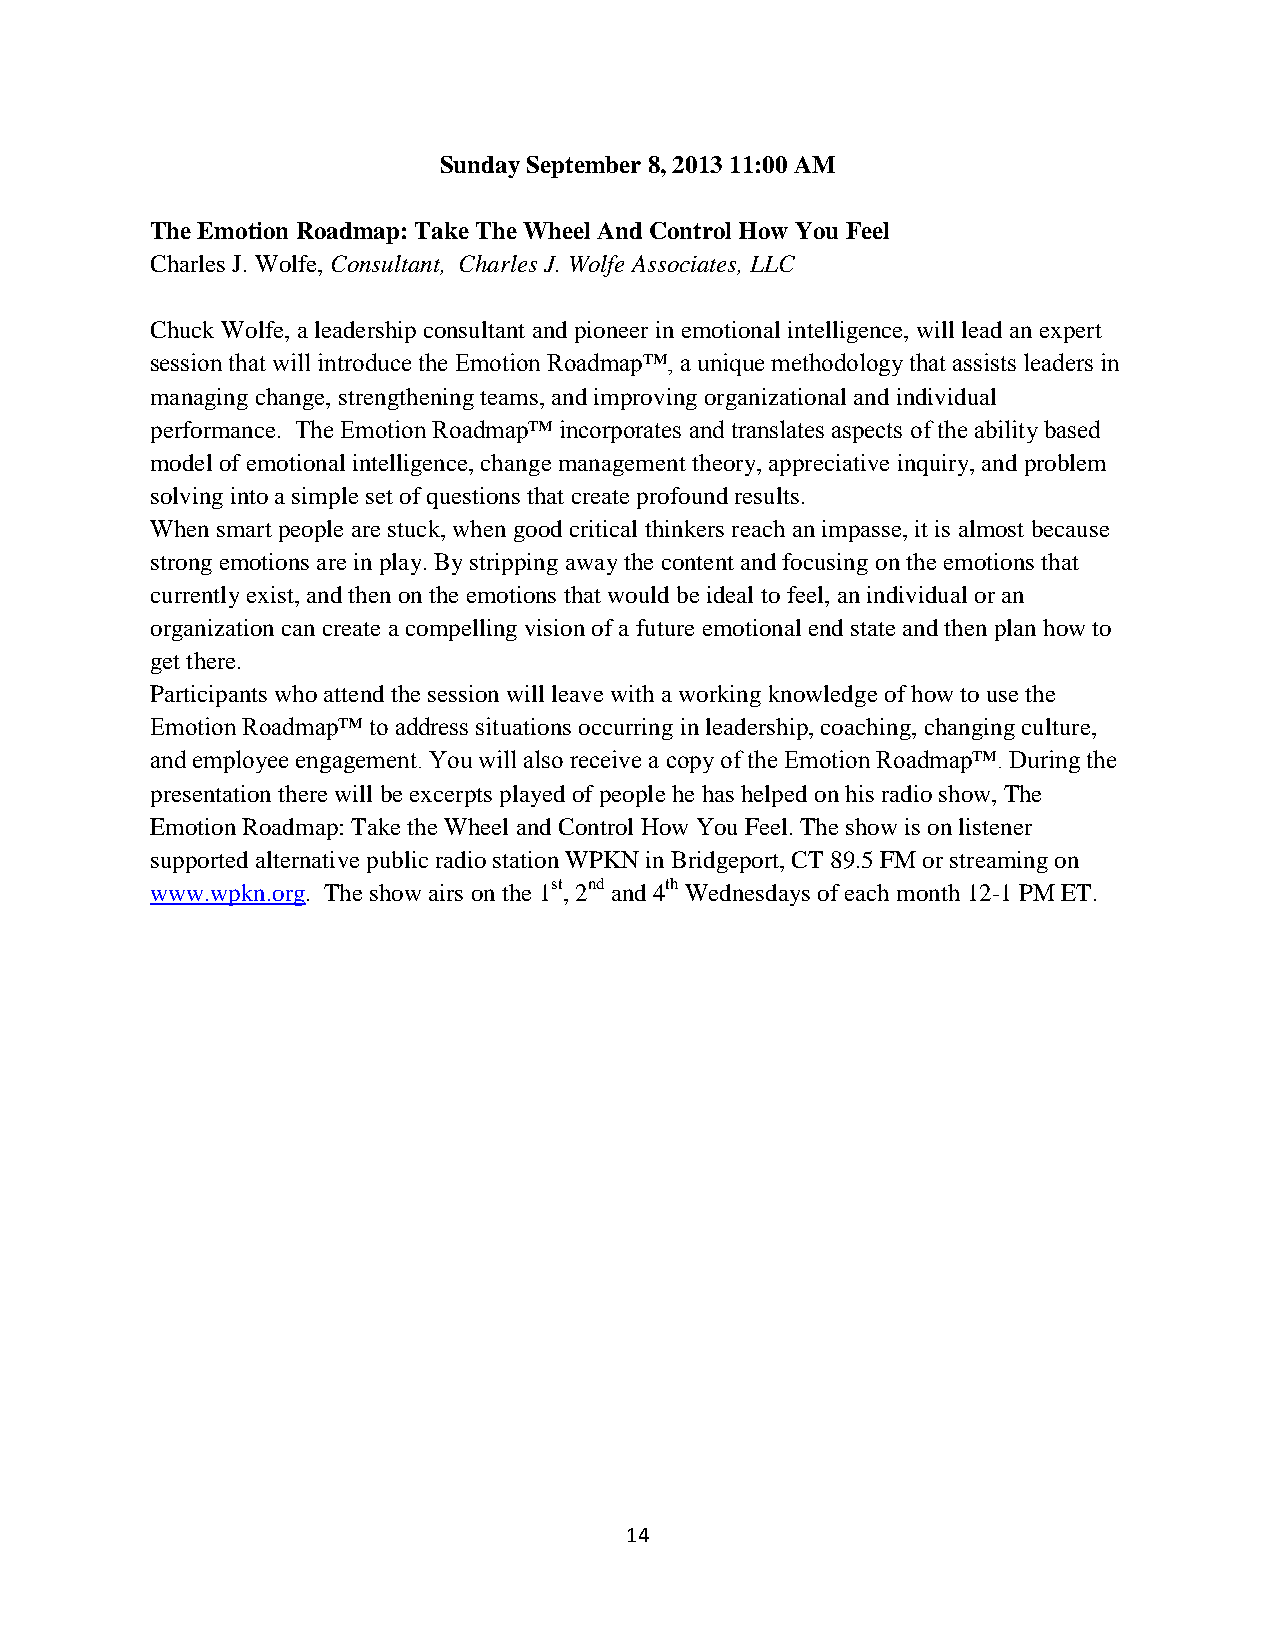
Sunday September 8, 2013 11:00 AM
 The Emotion Roadmap: Take The Wheel And Control How You Feel
 Charles J. Wolfe, Consultant, Charles J. Wolfe Associates, LLC
 Chuck Wolfe, a leadership consultant and pioneer in emotional intelligence, will lead an expert
 session that will introduce the Emotion Roadmap™, a unique methodology that assists leaders in
 managing change, strengthening teams, and improving organizational and individual
 performance. The Emotion Roadmap™ incorporates and translates aspects of the ability based
 model of emotional intelligence, change management theory, appreciative inquiry, and problem
 solving into a simple set of questions that create profound results.
 When smart people are stuck, when good critical thinkers reach an impasse, it is almost because
 strong emotions are in play. By stripping away the content and focusing on the emotions that
 currently exist, and then on the emotions that would be ideal to feel, an individual or an
 organization can create a compelling vision of a future emotional end state and then plan how to
 get there.
 Participants who attend the session will leave with a working knowledge of how to use the
 Emotion Roadmap™ to address situations occurring in leadership, coaching, changing culture,
 and employee engagement. You will also receive a copy of the Emotion Roadmap™. During the
 presentation there will be excerpts played of people he has helped on his radio show, The
 Emotion Roadmap: Take the Wheel and Control How You Feel. The show is on listener
 supported alternative public radio station WPKN in Bridgeport, CT 89.5 FM or streaming on
 www.wpkn.org. The show airs on the 1st, 2nd and 4th Wednesdays of each month 12-1 PM ET.
 14